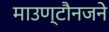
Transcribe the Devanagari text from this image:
माउण्टौनजने